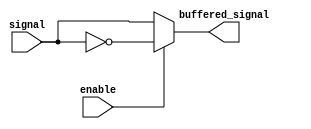
module Combinational_logic_blocks (
    input signal,
    input enable,
    output buffered_signal
);

assign buffered_signal = (enable) ? ~signal : signal;

endmodule